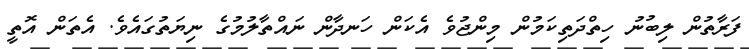
ފަރާތުން ލިބުނު ހިތްދަތިކަމުން މިންޖުވެ އެކަން ހަނދާން ނައްތާލުމުގެ ނިޔަތުގައެވެ. އެތަން އޮތީ